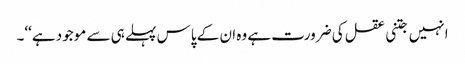
انہیں جتنی عقل کی ضرورت ہے وہ ان کے پاس پہلے ہی سے موجود ہے‘‘۔